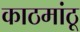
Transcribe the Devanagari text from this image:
काठमांठू